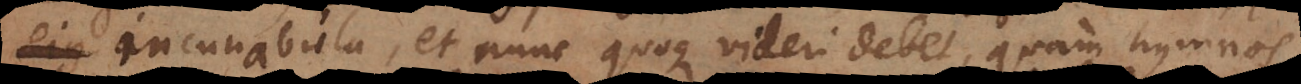
incunabula, et nunc quoque videri debet, quam hymnos